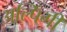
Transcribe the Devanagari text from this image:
अल्पिंगी